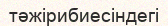
тәжірибиесіндегі